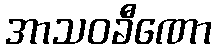
အာသဝခီဏော